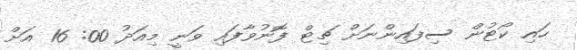
ހައި ކޯޓުން ސިފައިންނަށް ޗިޓް ފޮނުވާފައި ވަނީ މިއަދު 00: 16 އަށް